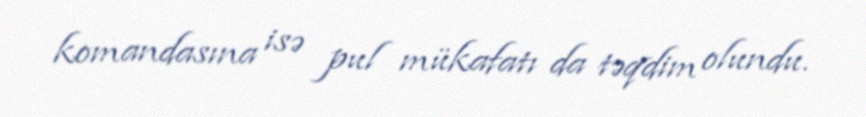
komandasına isə pul mükafatı da təqdim olundu.